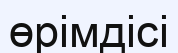
өрімдісі